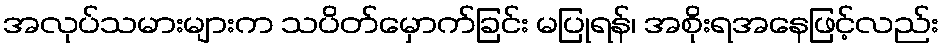
အလုပ်သမားများက သပိတ်မှောက်ခြင်း မပြုရန်၊ အစိုးရအနေဖြင့်လည်း